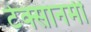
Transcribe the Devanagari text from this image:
टेक्सानमी